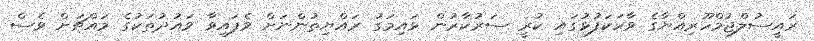
ރައީސުލްޖުމްހޫރިއްޔާގެ ވާހަކަފުޅުގައި ކުރީ ސަރުކާރުން ޅައިމަގު ރައްޔިތުންނަށް ވެފައިވާ ވައުދުތަކުގެ މައްޗަށް ވެސް